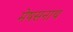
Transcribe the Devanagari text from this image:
मेषसनाथ